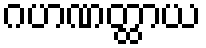
ဂဟဏတ္ထာယ